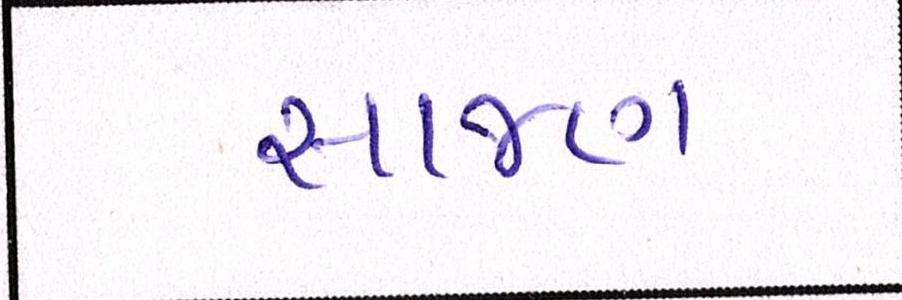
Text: સાજણ